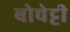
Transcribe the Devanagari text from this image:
बोचेट्टी